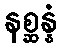
နစ္ဆန္နံ